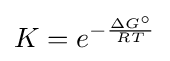
K=e^{-{\frac {\Delta G^{\circ }}{RT}}}